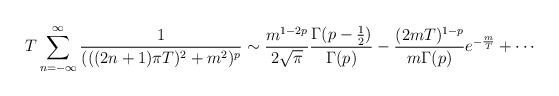
LaTeX: \begin{align*}T\sum_{n=-\infty}^\infty \frac{1}{(((2n+1)\pi T)^{2}+m^{2})^{p}} \sim \frac{m^{1-2p}}{2\sqrt{\pi}} \frac{\Gamma (p-\frac{1}{2})}{\Gamma(p)}-\frac{(2mT)^{1-p}}{m\Gamma (p)} e^{-\frac{m}{T}}+ \cdots \end{align*}